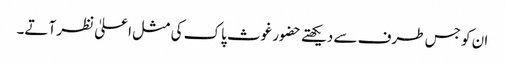
ان کو جس طرف سے دیکھتے حضور غوث پاک کی مثل اعلیٰ نظر آتے۔